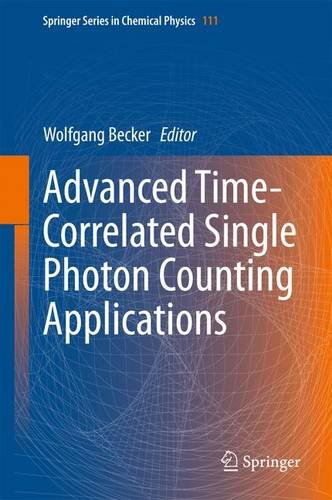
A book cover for Advanced Time-Correlated Single Photon Counting Applications (Springer Series in Chemical Physics); Science & Math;